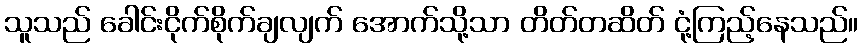
သူသည် ခေါင်းငိုက်စိုက်ချလျက် အောက်သို့သာ တိတ်တဆိတ် ငုံ့ကြည့်နေသည်။